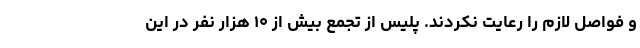
و فواصل لازم را رعایت نکردند. پلیس از تجمع بیش از ۱۰ هزار نفر در این